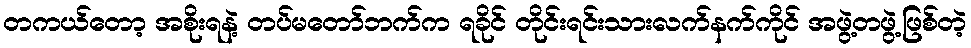
တကယ်တော့ အစိုးရနဲ့ တပ်မတော်ဘက်က ရခိုင် တိုင်းရင်းသားလက်နက်ကိုင် အဖွဲ့တဖွဲ့ဖြစ်တဲ့